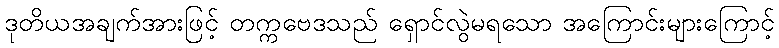
ဒုတိယအချက်အားဖြင့် တက္ကဗေဒသည် ရှောင်လွဲမရသော အကြောင်းများကြောင့်